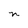
Character: n